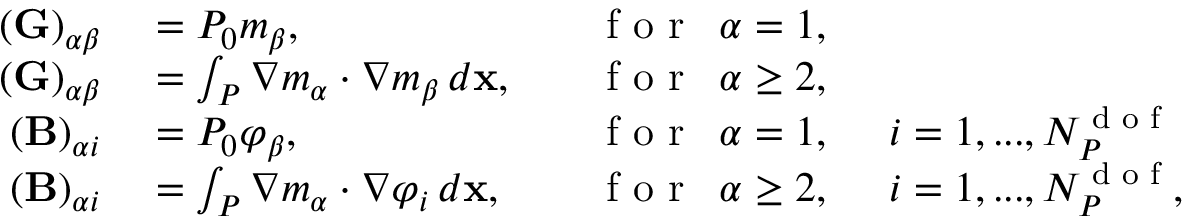
\begin{array} { r l r l } { ( \mathbf { G } ) _ { \alpha \beta } } & { { } = P _ { 0 } m _ { \beta } , \quad } & { \textrm { f o r } \enskip \alpha = 1 , } & { { } } \\ { ( \mathbf { G } ) _ { \alpha \beta } } & { { } = \int _ { { P } } \nabla m _ { \alpha } \cdot \nabla m _ { \beta } \, d \mathbf { x } , \quad } & { \textrm { f o r } \enskip \alpha \geq 2 , } & { { } } \\ { ( \mathbf { B } ) _ { \alpha i } } & { { } = P _ { 0 } \varphi _ { \beta } , \quad } & { \textrm { f o r } \enskip \alpha = 1 , } & { { } \enskip i = 1 , . . . , N _ { { P } } ^ { \textrm { d o f } } } \\ { ( \mathbf { B } ) _ { \alpha i } } & { { } = \int _ { { P } } \nabla m _ { \alpha } \cdot \nabla \varphi _ { i } \, d \mathbf { x } , \quad } & { \textrm { f o r } \enskip \alpha \geq 2 , } & { { } \enskip i = 1 , . . . , N _ { { P } } ^ { \textrm { d o f } } , } \end{array}